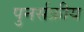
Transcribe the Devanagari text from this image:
पुनर्सक्रीय